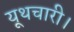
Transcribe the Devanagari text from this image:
यूथचारी।